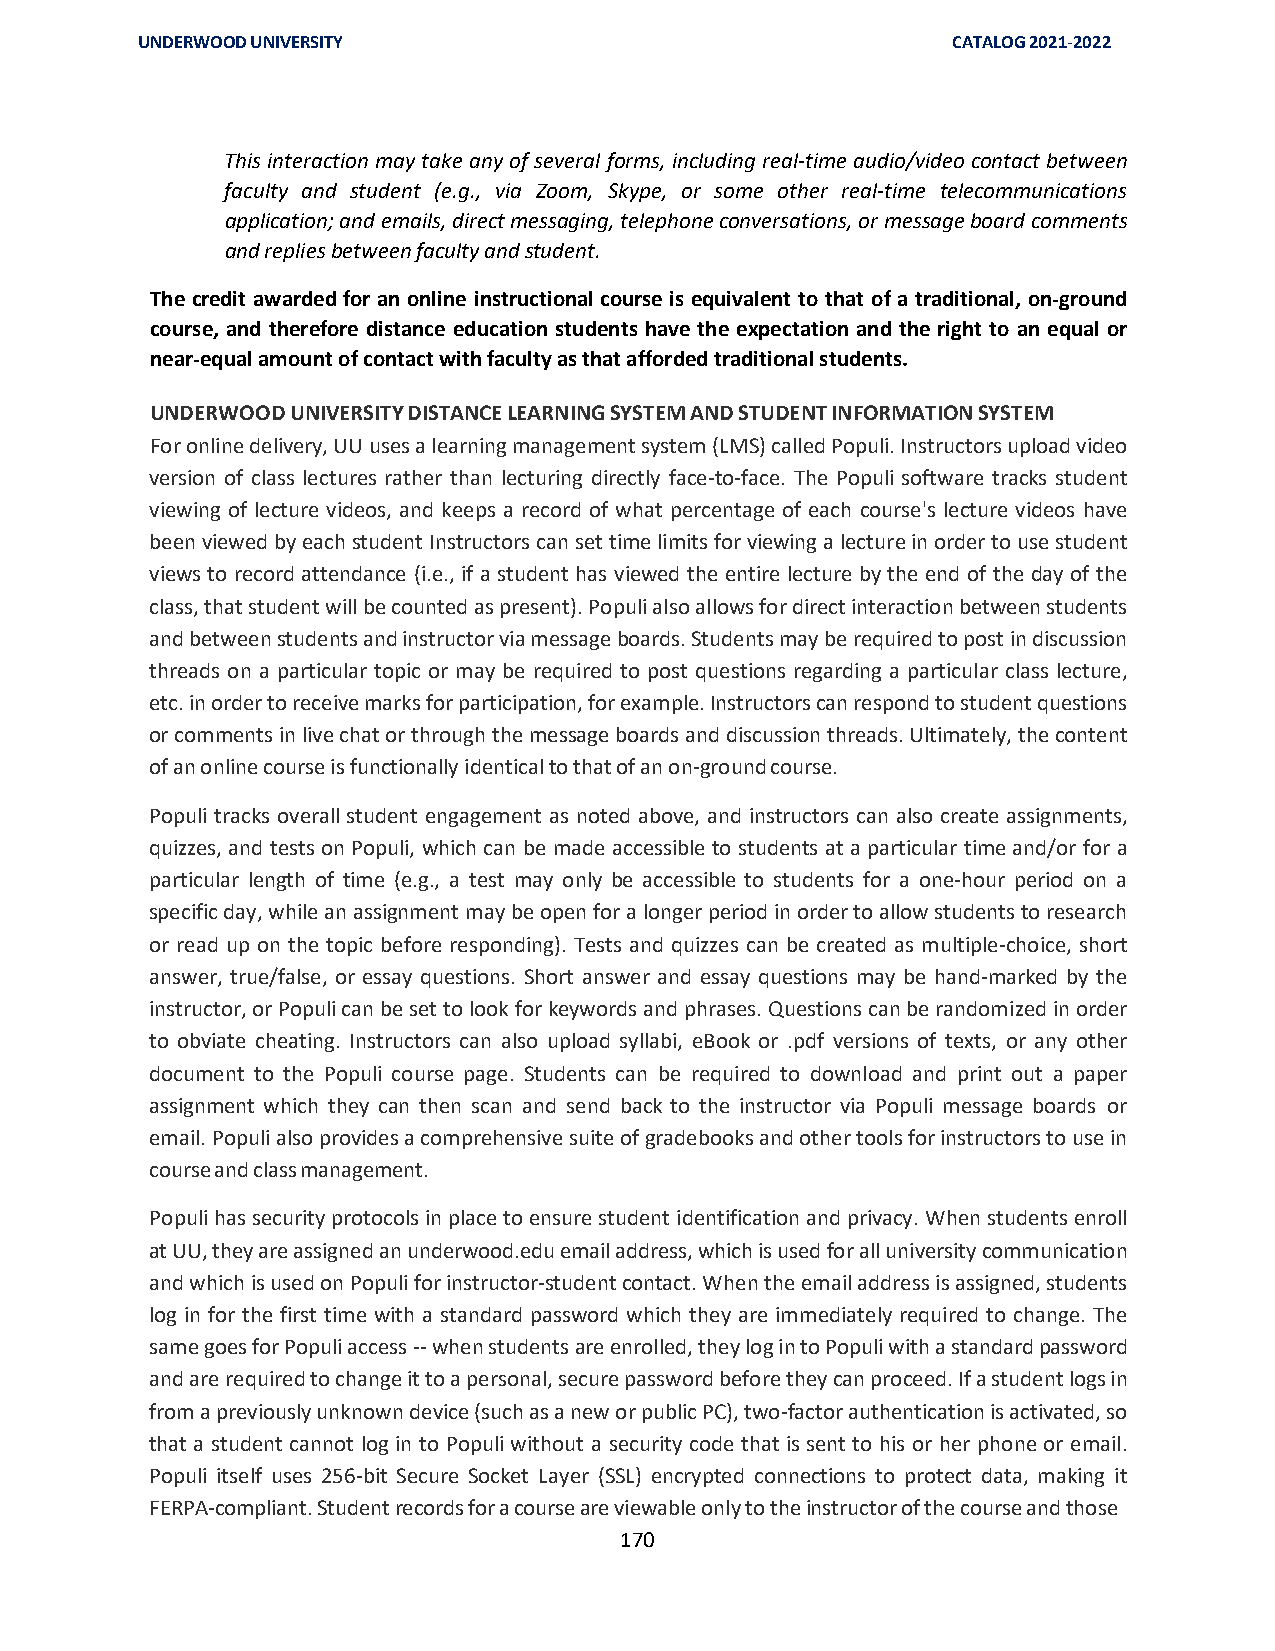
UNDERWOOD UNIVERSITY                                  CATALOG 2021-2022
 This interaction may take any of several forms, including real-time audio/video contact between
 faculty and student (e.g., via Zoom, Skype, or some other real-time telecommunications
 application; and emails, direct messaging, telephone conversations, or message board comments
 and replies between faculty and student.
 The credit awarded for an online instructional course is equivalent to that of a traditional, on-ground
 course, and therefore distance education students have the expectation and the right to an equal or
 near-equal amount of contact with faculty as that afforded traditional students.
 UNDERWOOD UNIVERSITY DISTANCE LEARNING SYSTEM AND STUDENT INFORMATION SYSTEM
 For online delivery, UU uses a learning management system (LMS) called Populi. Instructors upload video
 version of class lectures rather than lecturing directly face-to-face. The Populi software tracks student
 viewing of lecture videos, and keeps a record of what percentage of each course's lecture videos have
 been viewed by each student Instructors can set time limits for viewing a lecture in order to use student
 views to record attendance (i.e., if a student has viewed the entire lecture by the end of the day of the
 class, that student will be counted as present). Populi also allows for direct interaction between students
 and between students and instructor via message boards. Students may be required to post in discussion
 threads on a particular topic or may be required to post questions regarding a particular class lecture,
 etc. in order to receive marks for participation, for example. Instructors can respond to student questions
 or comments in live chat or through the message boards and discussion threads. Ultimately, the content
 of an online course is functionally identical to that of an on-ground course.
 Populi tracks overall student engagement as noted above, and instructors can also create assignments,
 quizzes, and tests on Populi, which can be made accessible to students at a particular time and/or for a
 particular length of time (e.g., a test may only be accessible to students for a one-hour period on a
 specific day, while an assignment may be open for a longer period in order to allow students to research
 or read up on the topic before responding). Tests and quizzes can be created as multiple-choice, short
 answer, true/false, or essay questions. Short answer and essay questions may be hand-marked by the
 instructor, or Populi can be set to look for keywords and phrases. Questions can be randomized in order
 to obviate cheating. Instructors can also upload syllabi, eBook or .pdf versions of texts, or any other
 document to the Populi course page. Students can be required to download and print out a paper
 assignment which they can then scan and send back to the instructor via Populi message boards or
 email. Populi also provides a comprehensive suite of gradebooks and other tools for instructors to use in
 course and class management.
 Populi has security protocols in place to ensure student identification and privacy. When students enroll
 at UU, they are assigned an underwood.edu email address, which is used for all university communication
 and which is used on Populi for instructor-student contact. When the email address is assigned, students
 log in for the first time with a standard password which they are immediately required to change. The
 same goes for Populi access -- when students are enrolled, they log in to Populi with a standard password
 and are required to change it to a personal, secure password before they can proceed. If a student logs in
 from a previously unknown device (such as a new or public PC), two-factor authentication is activated, so
 that a student cannot log in to Populi without a security code that is sent to his or her phone or email.
 Populi itself uses 256-bit Secure Socket Layer (SSL) encrypted connections to protect data, making it
 FERPA-compliant. Student records for a course are viewable only to the instructor of the course and those
 170